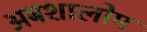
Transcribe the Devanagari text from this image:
अबशालोम